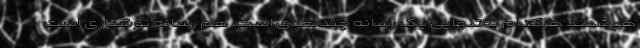
هوشمند هر‌کدام به‌تنهایی یک رسانه چندبعدی است، هم رسانه نوشتاری است